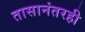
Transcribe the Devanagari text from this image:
तासानंतरही